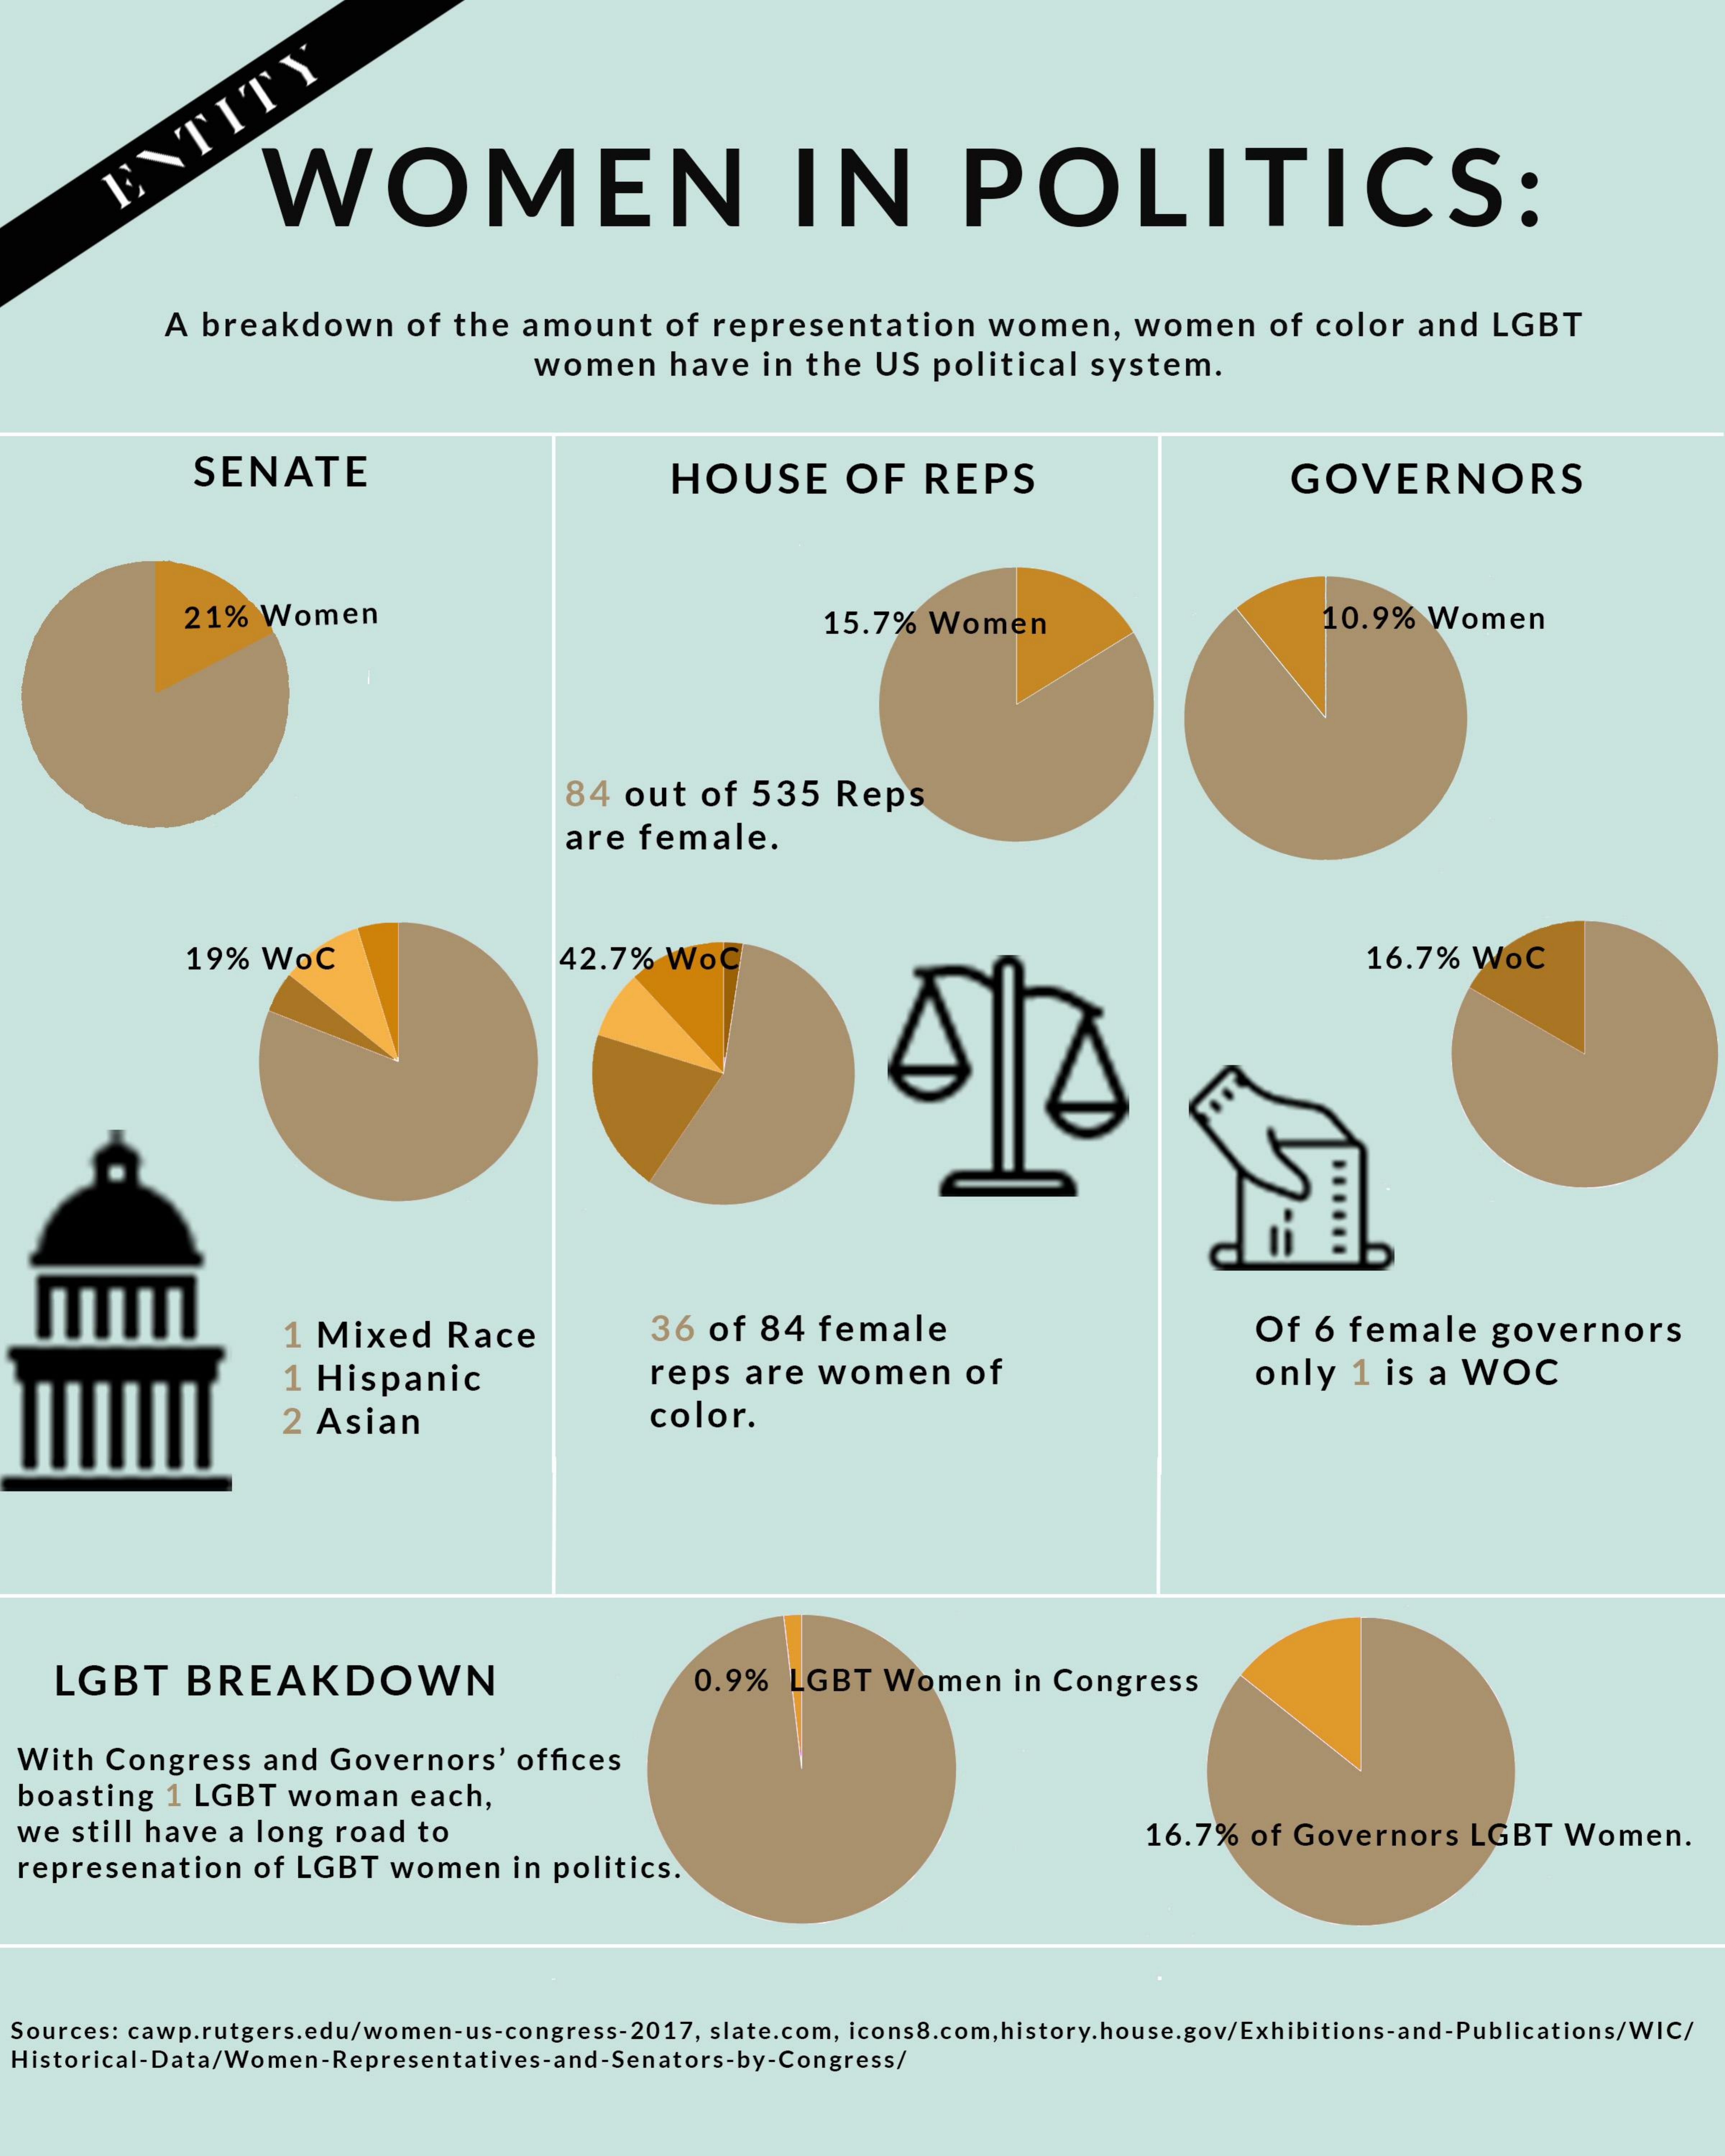
ENTITY
     WOMEN    IN    POLITICS:
     A breakdown    of the  amount    of  representation    women,    women    of  color  and  LGBT
     women    have   in the  US  political   system.
     SENATE    HOUSE    OF    REPS    GOVERNORS
     21%   Women    15.7%  Women    10.9%  Women
     84 out   of  535  Reps
     are  female.
     19%  WoC    42.7%  WoC    16.7%   WoC
     1 Mixed    Race    36 of  84  female    Of  6  female    governors
     1 Hispanic    reps  are  women    of    only   1 is  a WOC
     2 Asian    color.
    LGBT    BREAKDOWN    0.9%  LGBT   Women    in Congress
  With Congress    and  Governors'   offices
  boasting  1 LGBT  woman    each,
  we still have a long  road  to
  represenation   of LGBT   women   in politics.
     16.7%  of Governors    LGBT  Women.
  Sources: cawp.rutgers.edu/women-us-congress-2017, slate.com, icons8.com, history.house.gov/Exhibitions-and-Publications/WIC/
  Historical-Data/Women-Representatives-and-Senators-by-Congress/